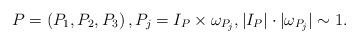
LaTeX: \begin{align*}P=\left( P_1, P_2, P_3 \right), P_j=I_P \times \omega_{P_j}, |I_P| \cdot |\omega_{P_j}|\sim 1.\end{align*}